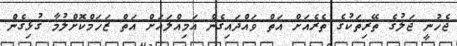
ޖެހުނީ ޖަލުގެ ތޭރިތަކުގެ ތެރެއަށް އަތް ވައްދައިގެން އަމިއްލައަށް އަތް ޒަހަމްކޮށްލުމާ ގުޅިގެން